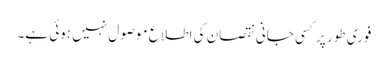
فوری طور پر کسی جانی نقصان کی اطلاع موصول نہیں ہوئی ہے۔